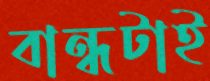
বান্ধটাই